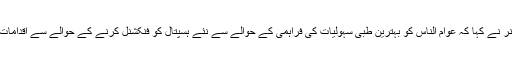
اس موقع پر ڈپٹی کمشنر نے کہا کہ عوام الناس کو بہترین طبی سہولیات کی فراہمی کے حوالے سے نئے ہسپتال کو فنکشنل کرنے کے حوالے سے اقدامات اٹھائے جا رہے ہیں ۔